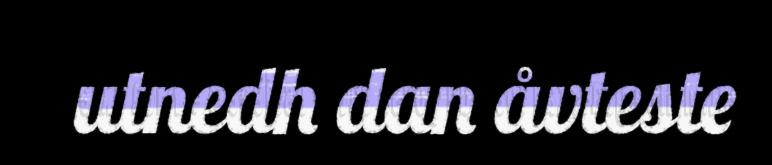
utnedh dan åvteste